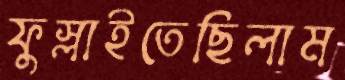
ফুস্‌লাইতেছিলাম